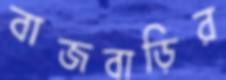
বাজবাড়ির